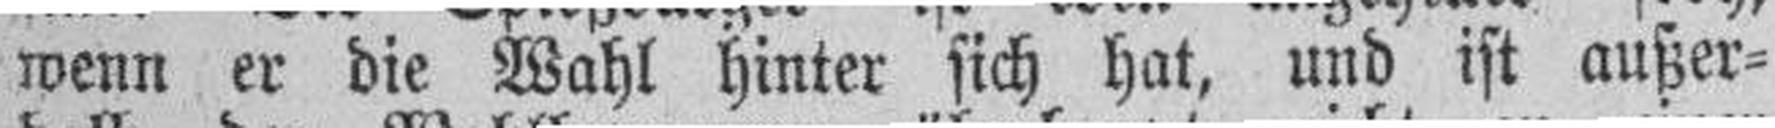
wenn er die Wahl hinter sich hat, und ist außer¬